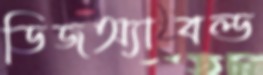
ডিজঅ্যাবল্ড